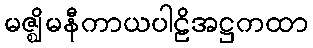
မဇ္ဈိမနီကာယပါဠိအဋ္ဌကထာ